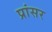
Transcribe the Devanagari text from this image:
प्रांसर